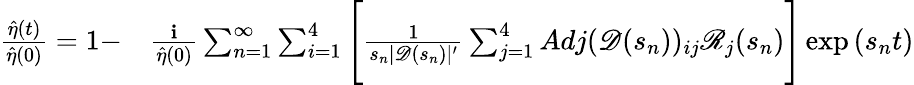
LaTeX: \begin{array}{rl}{\frac{\hat{\eta}(t)}{\hat{\eta}(0)}=1-}&{{}\frac{\textbf{i}}{\hat{\eta}(0)}\sum_{n=1}^{\infty}\sum_{i=1}^{4}\Bigg[\frac{1}{s_{n}|\mathscr{D}(s_{n})|^{\prime}}\sum_{j=1}^{4}Adj(\mathscr{D}(s_{n}))_{ij}\mathscr{R}_{j}(s_{n})\Bigg]\exp{(s_{n}t)}}\end{array}